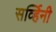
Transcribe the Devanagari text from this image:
सर्व्हिनी